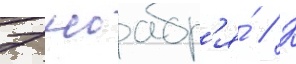
7 ноабр'я́ // К